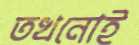
তখনোই